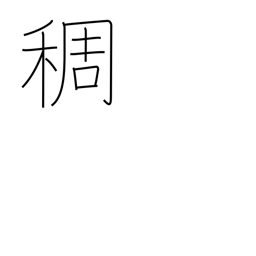
Meaning: density